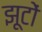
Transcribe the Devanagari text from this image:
झूटों